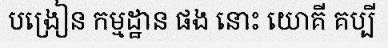
បង្រៀន កម្មដ្ឋាន ផង នោះ យោគី គប្បី